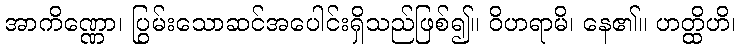
အာကိဏ္ဏော၊ ပြွမ်းသောဆင်အပေါင်းရှိသည်ဖြစ်၍။ ဝိဟရာမိ၊ နေ၏။ ဟတ္ထိဟိ၊